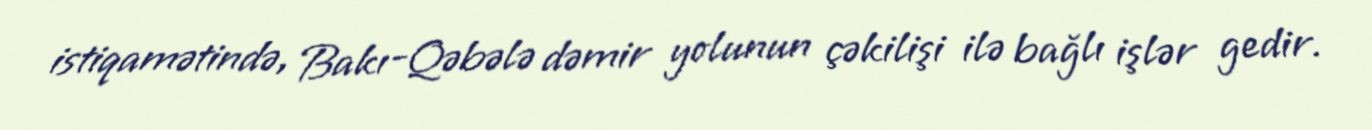
istiqamətində, Bakı-Qəbələ dəmir yolunun çəkilişi ilə bağlı işlər gedir.